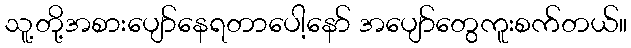
သူ့တို့အစားပျော်နေရတာပေါ့နော် အပျော်တွေကူးစက်တယ်။